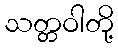
သတ္တဝါတို့